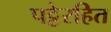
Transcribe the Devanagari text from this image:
पट्टेरहित